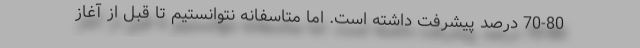
70-80 درصد پیشرفت داشته است. اما متاسفانه نتوانستیم تا قبل از آغاز